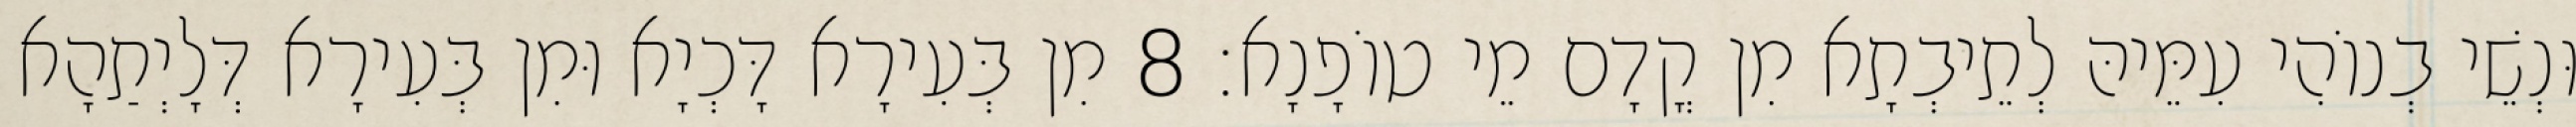
וּנְשֵׁי בְנוֹהִי עִמֵּיהּ לְתֵיבְתָא מִן קֳדָם מֵי טוֹפָנָא׃ 8 מִן בְּעִירָא דָּכְיָא וּמִן בְּעִירָא דְּלָיְתַהָא